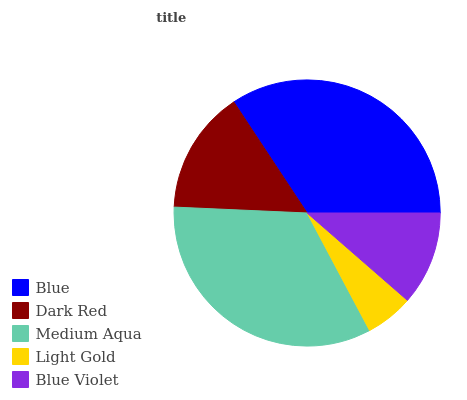
| Blue | Dark Red | Medium Aqua | Light Gold | Blue Violet |
 | --- | --- | --- | --- | --- |
 | 34.3% | 15% | 33.5% | 5.83% | 11.4% |